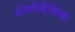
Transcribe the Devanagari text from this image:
मोनोबेशिक